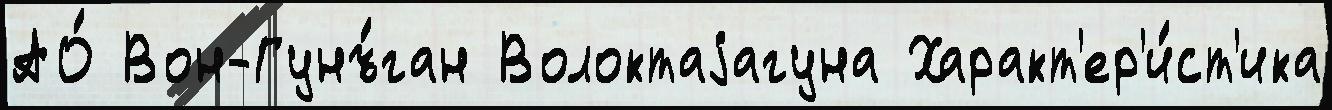
АО́ Вон-Гунъ́ган Волоктаjагуна Характ'ер'и́ст'ика